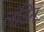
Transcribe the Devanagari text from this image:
लंडिन